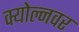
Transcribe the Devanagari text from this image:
क्योल्नवर